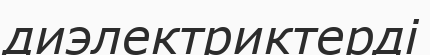
диэлектриктерді